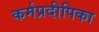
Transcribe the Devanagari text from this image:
कर्मप्रदीपिका